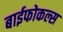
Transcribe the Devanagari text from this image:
बाईफोकल्स